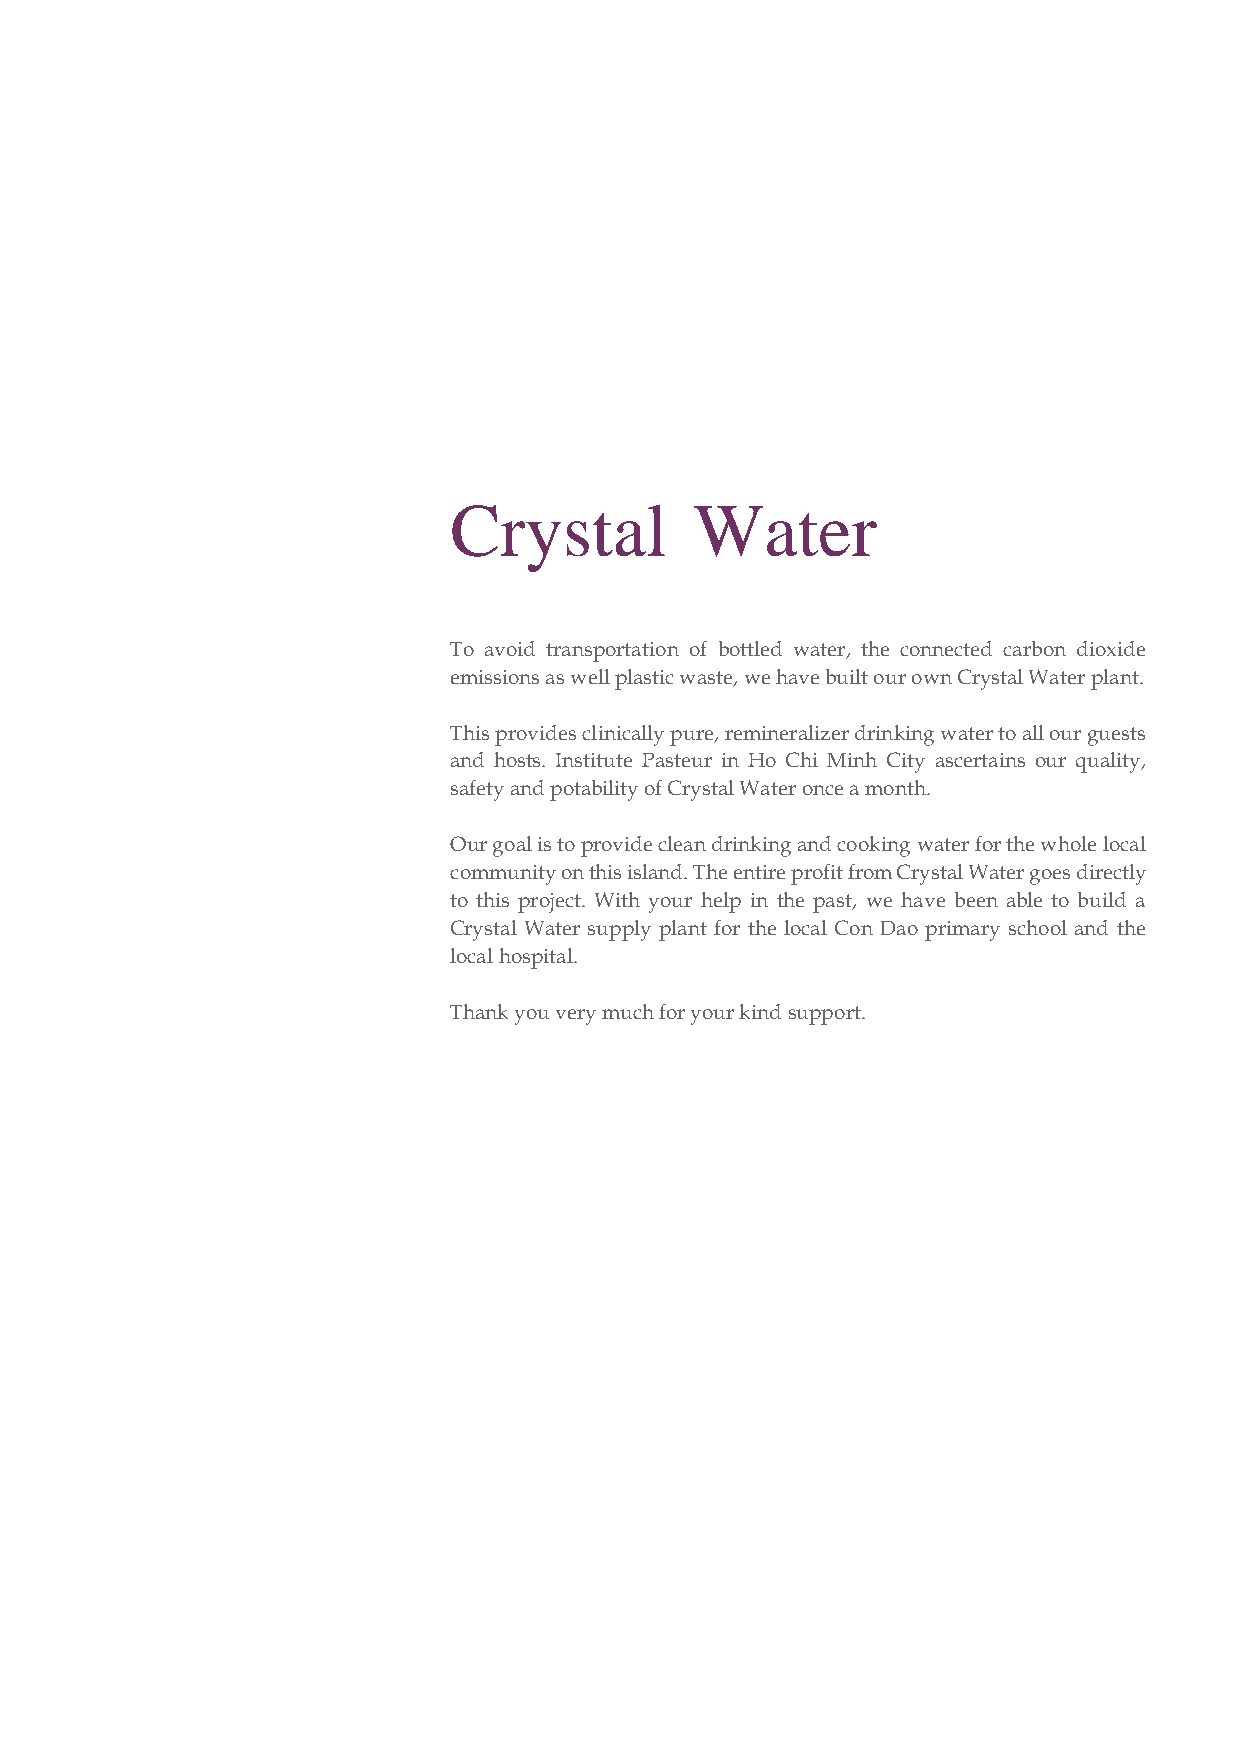
Crystal         Water
 To avoid transportation of bottled water, the connected carbon dioxide
 emissions as well plastic waste, we have built our own Crystal Water plant.
 This provides clinically pure, remineralizer drinking water to all our guests
 and hosts. Institute Pasteur in Ho Chi Minh City ascertains our quality,
 safety and potability of Crystal Water once a month.
 Our goal is to provide clean drinking and cooking water for the whole local
 community on this island. The entire profit from Crystal Water goes directly
 to this project. With your help in the past, we have been able to build a
 Crystal Water supply plant for the local Con Dao primary school and the
 local hospital.
 Thank you very much for your kind support.